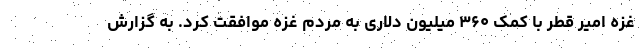
غزه امیر قطر با کمک ۳۶۰ میلیون دلاری به مردم غزه موافقت کرد. به گزارش